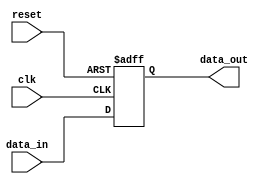
module async_reset_example (
    input wire clk,         // Clock signal
    input wire reset,       // Asynchronous reset signal
    input wire [7:0] data_in, // Example input data
    output reg [7:0] data_out // Example output data
);

// Asynchronous reset behavior
always @(posedge clk or posedge reset) begin
    if (reset) begin
        // Set output to predefined reset state
        data_out <= 8'b0; // Reset state (e.g., zero)
    end else begin
        // Normal operation on clock edge
        data_out <= data_in; // Example operation: pass input to output
    end
end

endmodule